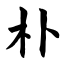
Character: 朴